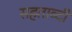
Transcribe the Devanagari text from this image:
सहताब्दी